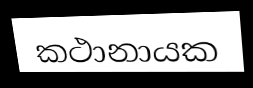
කථානායක